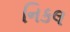
નિકલ